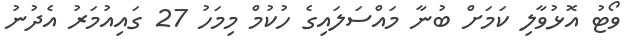
ވޯޓު އޮޅުވާލި ކަމަށް ބުނާ މައްސަލައިގެ ހުކުމް މިމަހު 27 ގައިއުމަރު އެދުނު